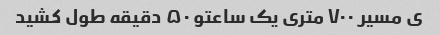
ی مسیر ۷۰۰ متری یک ساعتو ۵۰ دقیقه طول کشید